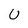
Character: U